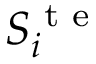
S _ { i } ^ { \textrm { t e } }